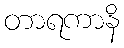
တာရကာနိ